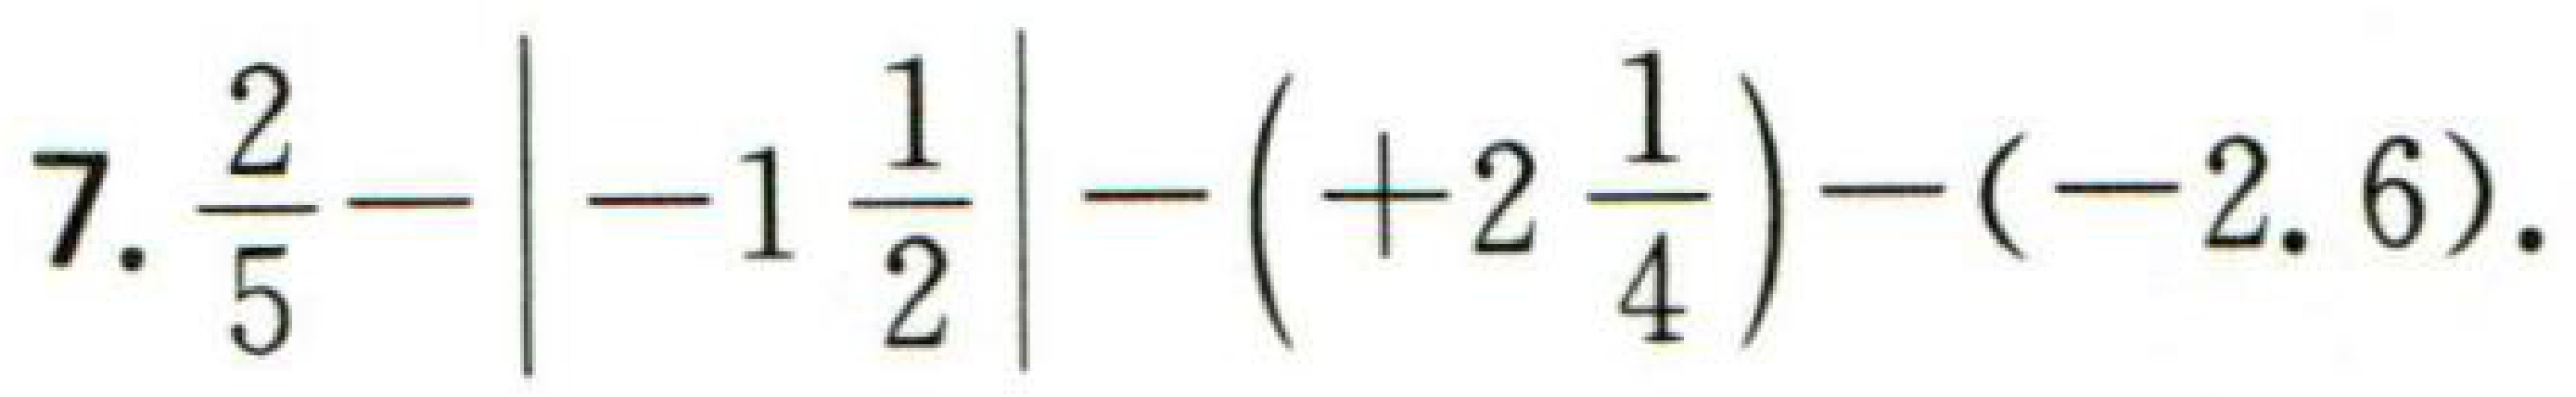
7. \(\frac{2}{5}-\left|-1\frac{1}{2}\right|-( + 2\frac{1}{4})-(-2.6)\).